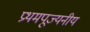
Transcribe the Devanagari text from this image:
प्रथमपूज्यनीय